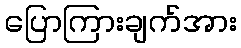
ပြောကြားချက်အား